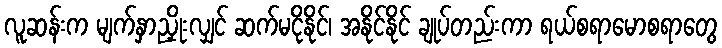
လူဆန်းက မျက်နှာညှိုးလျှင် ဆက်မငိုနိုင်၊ အနိုင်နိုင် ချုပ်တည်းကာ ရယ်စရာမောစရာတွေ